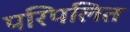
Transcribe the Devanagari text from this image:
परिपलित